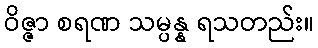
ဝိဇ္ဇာ စရဏ သမ္ပန္န ရသတည်း။